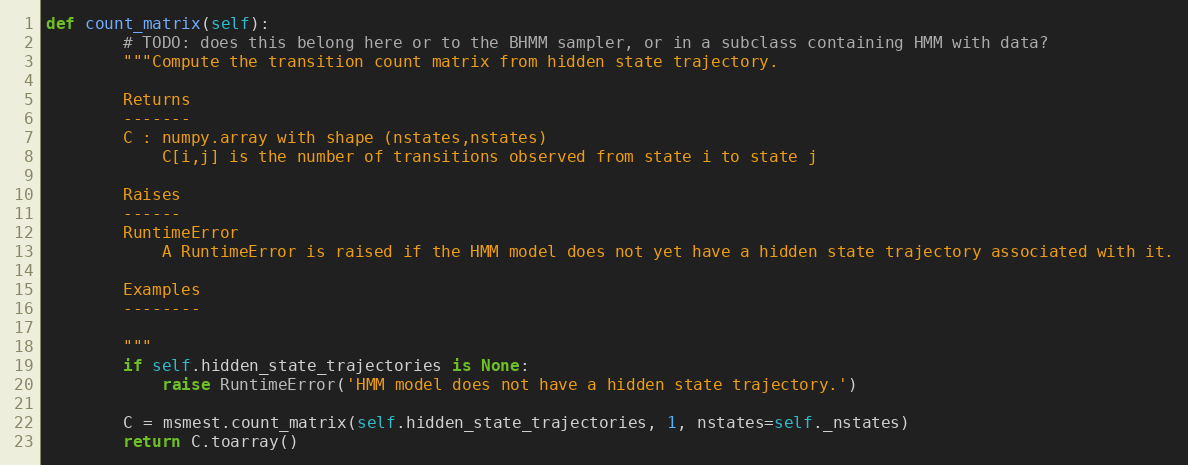
Language: Python
def count_matrix(self):
        # TODO: does this belong here or to the BHMM sampler, or in a subclass containing HMM with data?
        """Compute the transition count matrix from hidden state trajectory.

        Returns
        -------
        C : numpy.array with shape (nstates,nstates)
            C[i,j] is the number of transitions observed from state i to state j

        Raises
        ------
        RuntimeError
            A RuntimeError is raised if the HMM model does not yet have a hidden state trajectory associated with it.

        Examples
        --------

        """
        if self.hidden_state_trajectories is None:
            raise RuntimeError('HMM model does not have a hidden state trajectory.')

        C = msmest.count_matrix(self.hidden_state_trajectories, 1, nstates=self._nstates)
        return C.toarray()